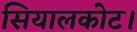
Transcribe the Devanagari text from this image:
सियालकोट।